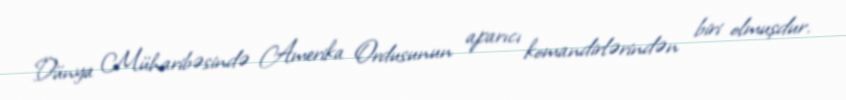
Dünya Müharibəsində Amerika Ordusunun aparıcı komandirlərindən biri olmuşdur.